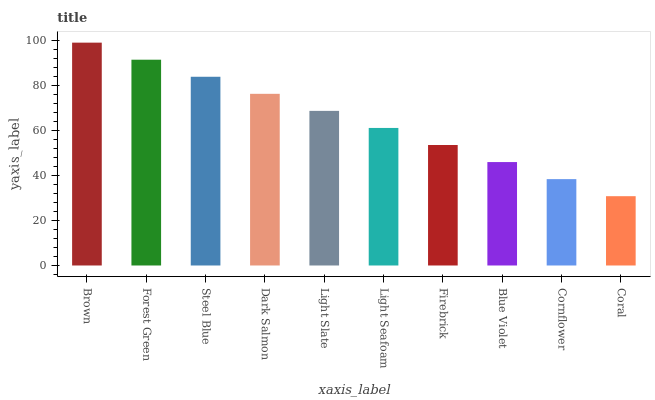
| xaxis_label | bars |
 | --- | --- |
 | Brown | 99 |
 | Forest Green | 91.4 |
 | Steel Blue | 83.8 |
 | Dark Salmon | 76.3 |
 | Light Slate | 68.7 |
 | Light Seafoam | 61.1 |
 | Firebrick | 53.5 |
 | Blue Violet | 45.9 |
 | Cornflower | 38.4 |
 | Coral | 30.8 |